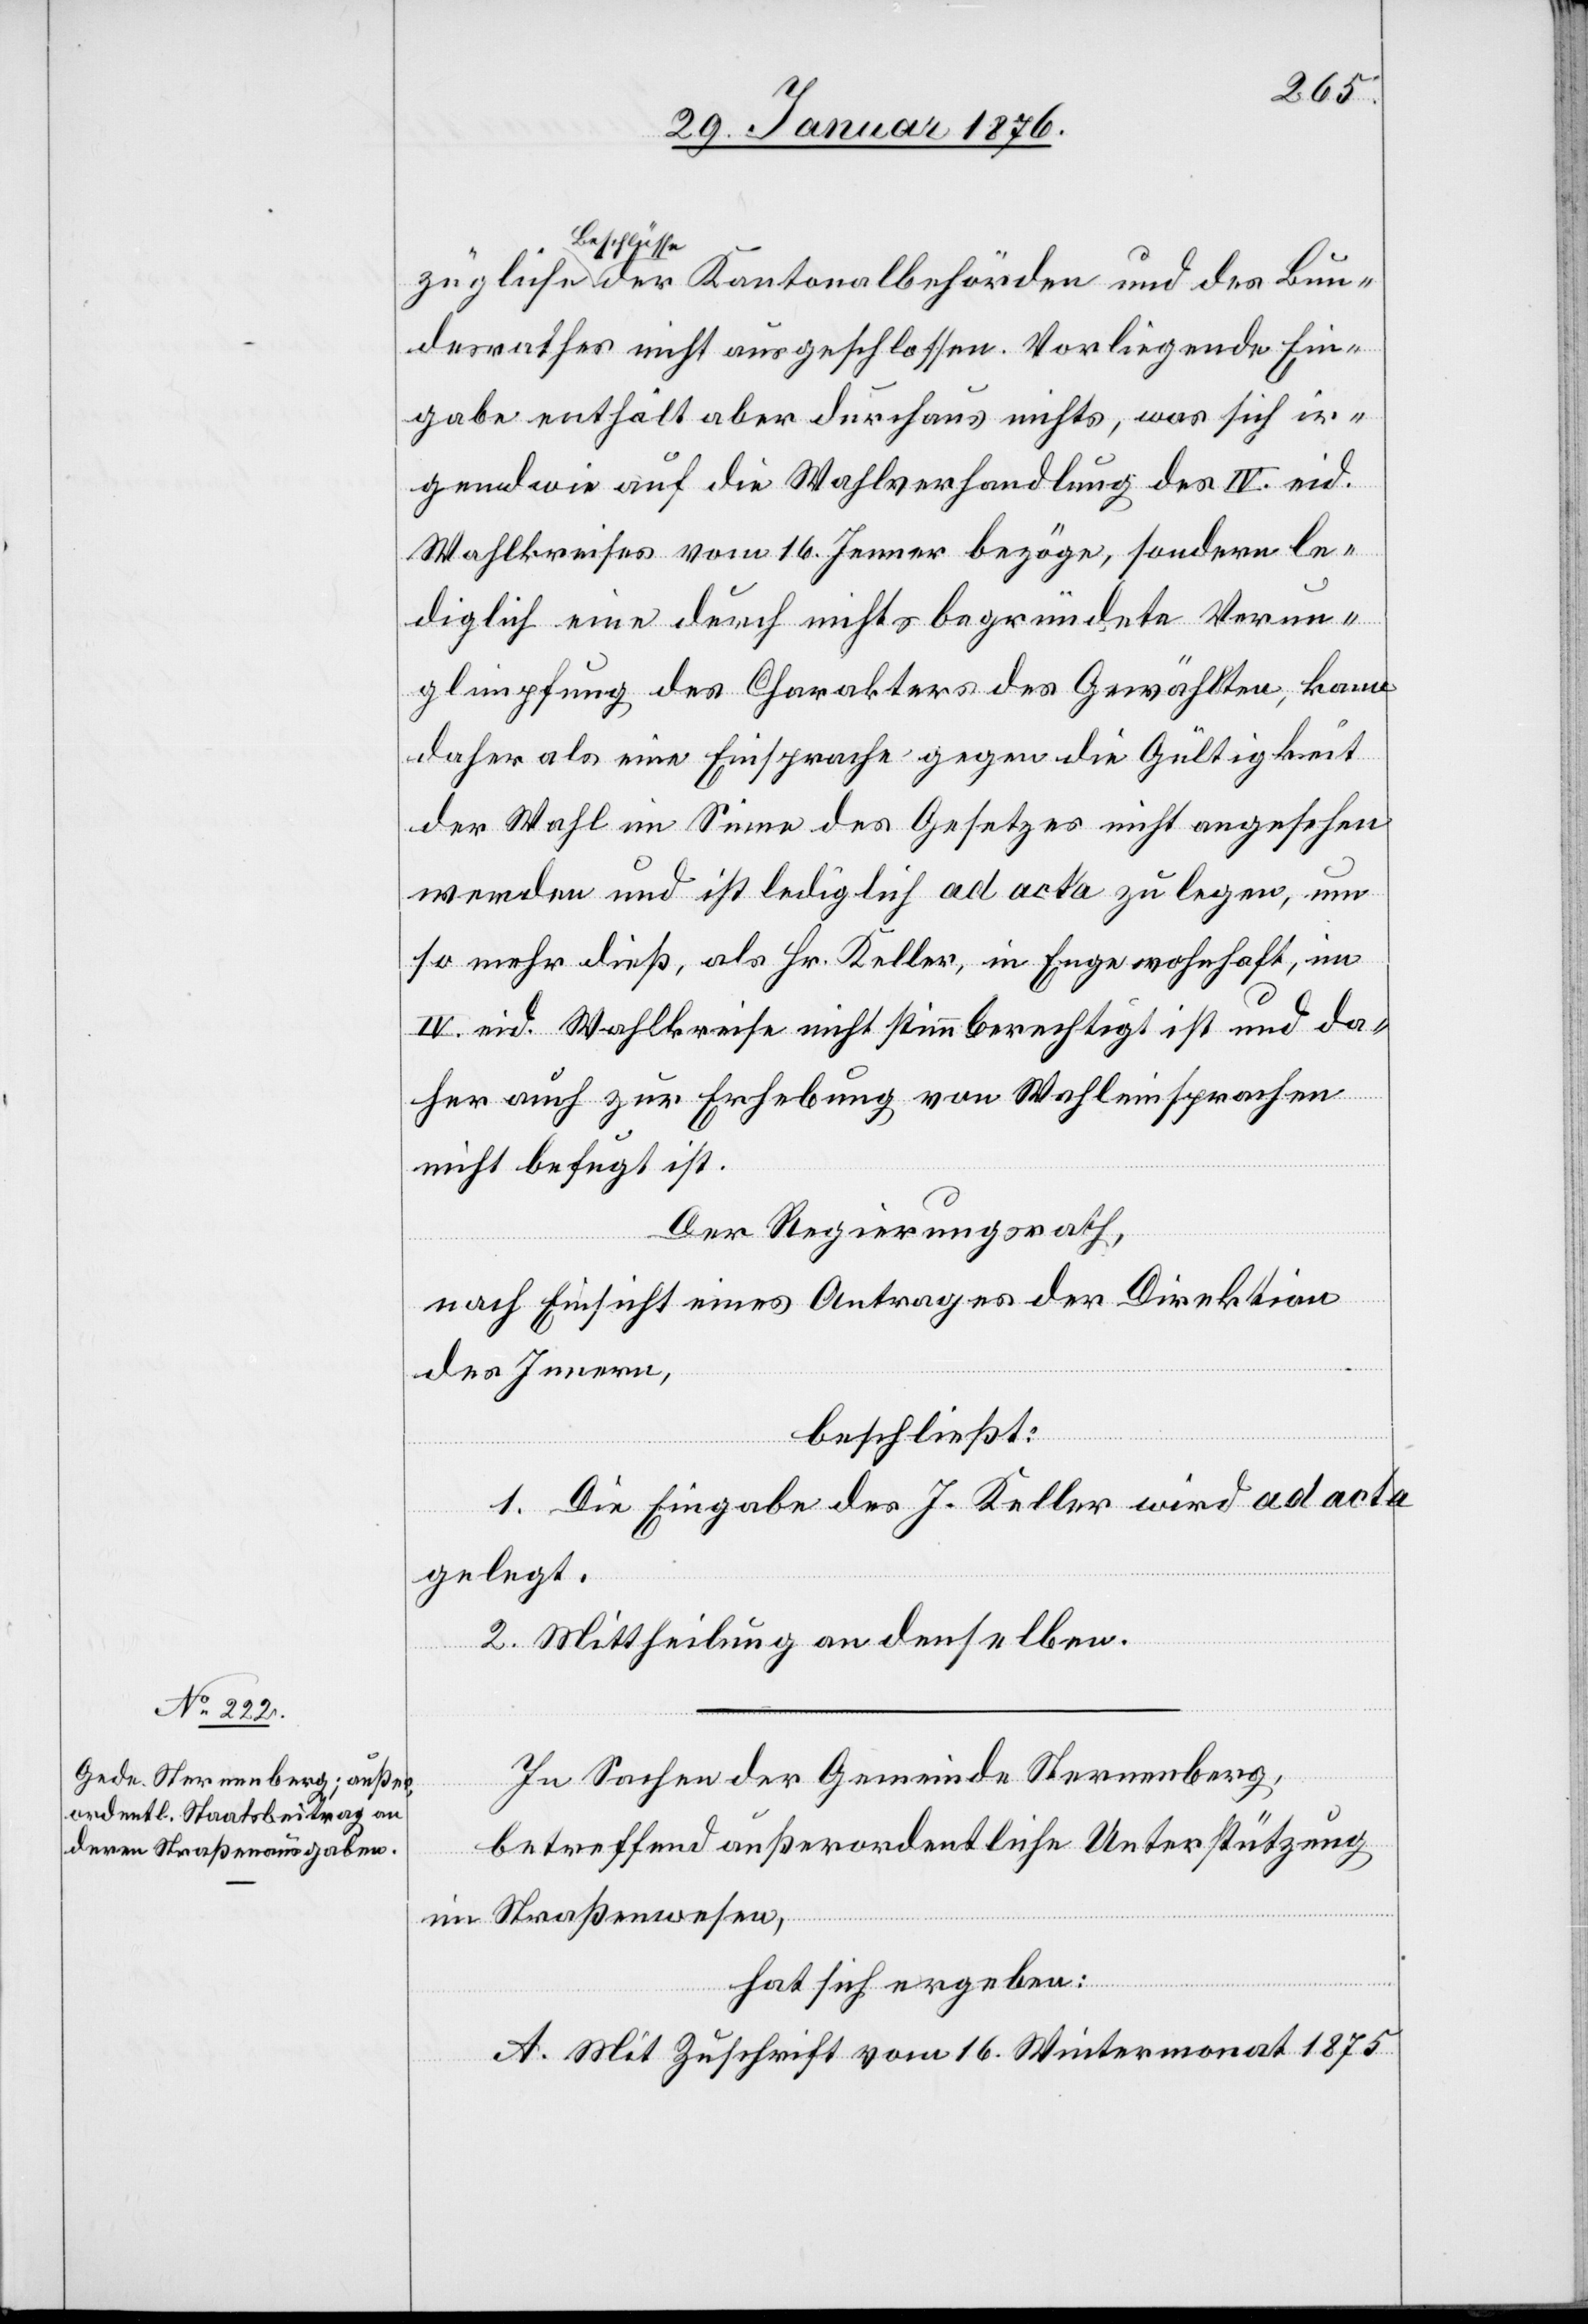
des Bun¬
desrathes nicht ausgeschlossen. Vorliegende Ein¬
gabe enthält aber durchaus nichts, was sich ir¬
gendwie auf die Wahlverhandlung des IV. eid.
Wahlkreises vom 16. Jenner bezöge, sondern le¬
diglich eine durch nichts begründete Verun¬
glimpfung des Charakters des Gewählten, kann
daher als eine Einsprache gegen die Gültigkeit
der Wahl im Sinne des Gesetzes nicht angesehen
werden und ist lediglich ad acta zu legen, um
so mehr dieß, als Hr. Keller, in Enge wohnhaft, im
IV. eid. Wahlkreise nicht stimmberechtigt ist und da¬
her auch zur Erhebung von Wahleinsprachen
nicht befugt ist.
Der Regierungsrath,
nach Einsicht eines Antrages der Direktion
des Innern,
beschließt:
1. Die Eingabe des J. Keller wird ad acta
gelegt.
2. Mittheilung an denselben.
In Sachen der Gemeinde Sternenberg,
betreffend außerordentliche Unterstützung
im Straßenwesen,
hat sich ergeben:
A. Mit Zuschrift vom 16. Wintermonat 1875